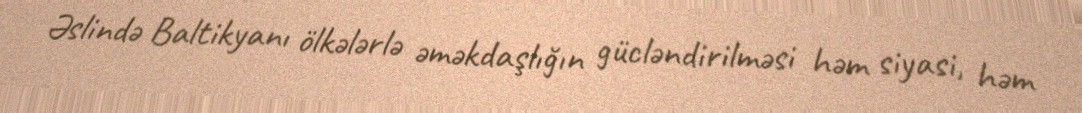
Əslində Baltikyanı ölkələrlə əməkdaşlığın gücləndirilməsi həm siyasi, həm